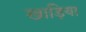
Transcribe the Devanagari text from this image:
खाड़िया